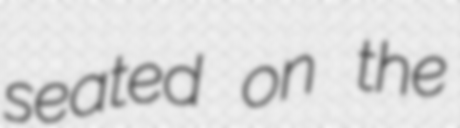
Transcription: seated on the